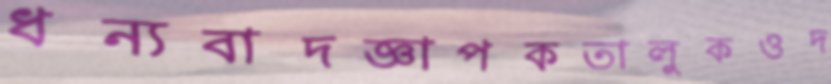
ধন্যবাদজ্ঞাপকতালুকওদ